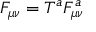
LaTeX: F _ { \mu \nu } = T ^ { a } F _ { \mu \nu } ^ { a }